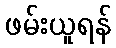
ဖမ်းယူရန်